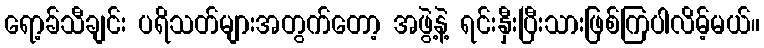
ရော့ခ်သီချင်း ပရိသတ်များအတွက်တော့ အဖွဲ့နဲ့ ရင်းနှီးပြီးသားဖြစ်ကြပါလိမ့်မယ်။